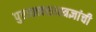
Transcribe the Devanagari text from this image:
पुरातत्त्वशास्त्रज्ञांची